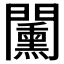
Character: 𨷔